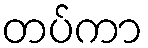
တပ်ကာ